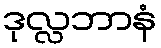
ဒုလ္လဘာနံ